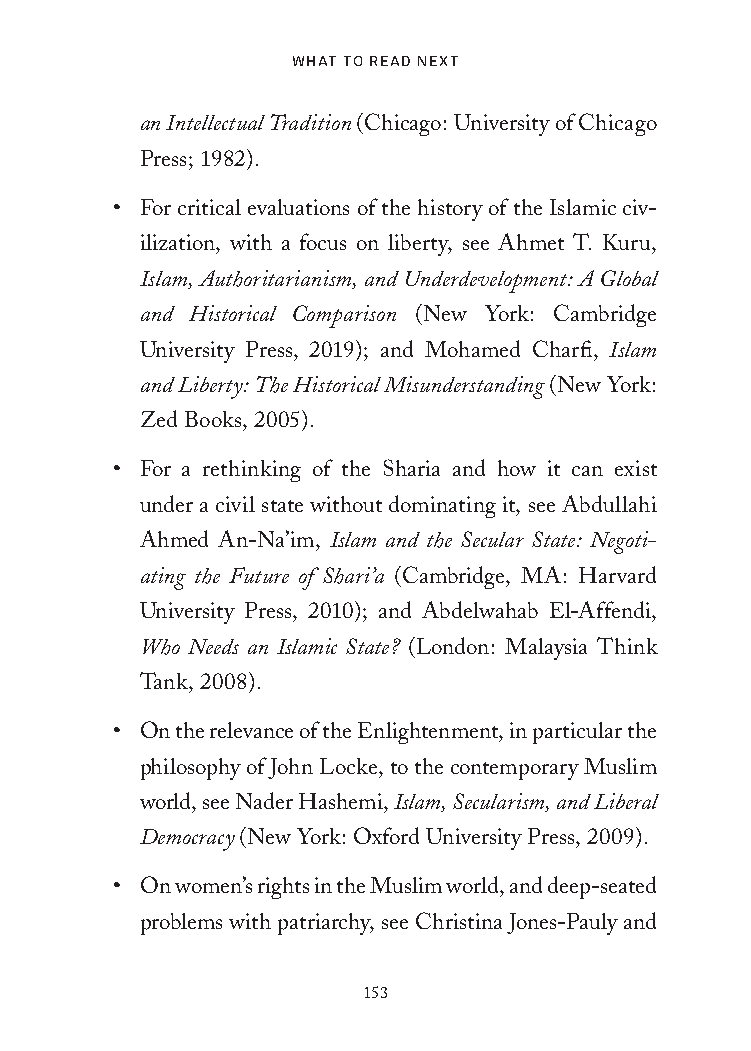
What to Read Next
 an Intellectual Tradition (Chicago: University of Chicago
 Press; 1982).
 • For critical evaluations of the history of the Islamic civ-
 ilization, with a focus on liberty, see Ahmet T. Kuru,
 Islam, Authoritarianism, and Underdevelopment: A Global
 and Historical Comparison (New York: Cambridge
 University Press, 2019); and Mohamed Charfi, Islam
 and Liberty: The Historical Misunderstanding (New York:
 Zed Books, 2005).
 • For a rethinking of the Sharia and how it can exist
 under a civil state without dominating it, see Abdullahi
 Ahmed An-Na’im, Islam and the Secular State: Negoti-
 ating the Future of Shari’a (Cambridge, MA: Harvard
 University Press, 2010); and Abdelwahab El-Affendi,
 Who Needs an Islamic State? (London: Malaysia Think
 Tank, 2008).
 • On the relevance of the Enlightenment, in particular the
 philosophy of John Locke, to the contemporary Muslim
 world, see Nader Hashemi, Islam, Secularism, and Liberal
 Democracy (New York: Oxford University Press, 2009).
 • On women’s rights in the Muslim world, and deep-seated
 problems with patriarchy, see Christina Jones-Pauly and
 153
 25320_Ch11_What to Read Next.indd 153   24/06/2021 9:39 AM